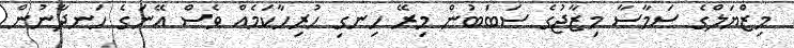
މިޒްޔަލްގެ ސަމާސާ މިޒާޖުގެ ސަބަބުން މިރޭ ހިނގި ހުރިހާކަމެއް ވެސް އޭނަގެ ހަނދާނުން